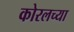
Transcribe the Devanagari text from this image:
कोरलच्या